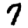
Digit: 7